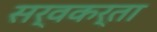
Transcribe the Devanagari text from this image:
सर्वकर्ता